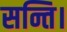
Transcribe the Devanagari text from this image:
सन्ति।